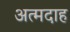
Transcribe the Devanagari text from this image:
अत्मदाह